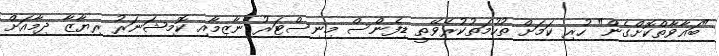
"ބަޣާވާތްކޮށްގެން" ހުރި ކަމަށް ތުހުމަތުކުރެވޭތީ ޑިފެންސް މިނިސްޓަރު ނާޒިމާއި ކޮމިޝަނަރު ރިޔާޒާ ދިމާއަށް